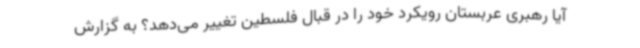
آیا رهبری عربستان رویکرد خود را در قبال فلسطین تغییر می‌دهد؟ به گزارش